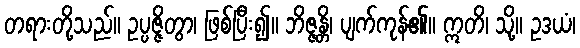
တရားတို့သည်။ ဥပ္ပဇ္ဇိတွာ၊ ဖြစ်ပြီး၍။ ဘိဇ္ဇန္တိ၊ ပျက်ကုန်၏။ ဣတိ၊ သို့။ ဥဒယံ၊